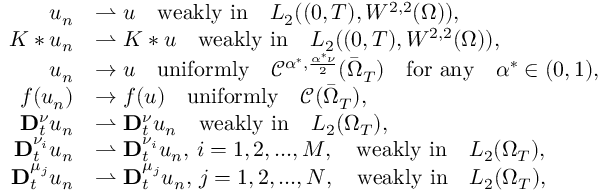
\begin{array} { r l } { u _ { n } } & { \rightharpoonup u \quad \mathrm { w e a k l y ~ i n } \quad L _ { 2 } ( ( 0 , T ) , W ^ { 2 , 2 } ( \Omega ) ) , } \\ { K * u _ { n } } & { \rightharpoonup K * u \quad \mathrm { w e a k l y ~ i n } \quad L _ { 2 } ( ( 0 , T ) , W ^ { 2 , 2 } ( \Omega ) ) , } \\ { u _ { n } } & { \rightarrow u \quad \mathrm { u n i f o r m l y } \quad \mathcal { C } ^ { \alpha ^ { * } , \frac { \alpha ^ { * } \nu } { 2 } } ( \bar { \Omega } _ { T } ) \quad \mathrm { f o r ~ a n y } \quad \alpha ^ { * } \in ( 0 , 1 ) , } \\ { f ( u _ { n } ) } & { \rightarrow f ( u ) \quad \mathrm { u n i f o r m l y } \quad \mathcal { C } ( \bar { \Omega } _ { T } ) , } \\ { \mathbf { D } _ { t } ^ { \nu } u _ { n } } & { \rightharpoonup \mathbf { D } _ { t } ^ { \nu } u _ { n } \quad \mathrm { w e a k l y ~ i n } \quad L _ { 2 } ( \Omega _ { T } ) , } \\ { \mathbf { D } _ { t } ^ { \nu _ { i } } u _ { n } } & { \rightharpoonup \mathbf { D } _ { t } ^ { \nu _ { i } } u _ { n } , \, i = 1 , 2 , . . . , M , \quad \mathrm { w e a k l y ~ i n } \quad L _ { 2 } ( \Omega _ { T } ) , } \\ { \mathbf { D } _ { t } ^ { \mu _ { j } } u _ { n } } & { \rightharpoonup \mathbf { D } _ { t } ^ { \mu _ { j } } u _ { n } , \, j = 1 , 2 , . . . , N , \quad \mathrm { w e a k l y ~ i n } \quad L _ { 2 } ( \Omega _ { T } ) , } \end{array}